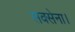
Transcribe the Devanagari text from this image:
सक्सेना।